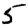
Digit: 5